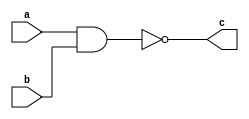
//This is for Nand logic.
module nand_logic(a, b, c);
input a,b;
output c;
assign c = ~(a & b);  // for nor logic ~(A & B)
endmodule